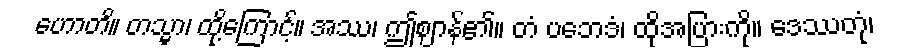
ဟောတိ။ တသ္မာ၊ ထို့ကြောင့်။ အဿ၊ ဤဈာန်၏။ တံ ပဘေဒံ၊ ထိုအပြားကို။ ဒေဿတုံ၊